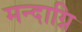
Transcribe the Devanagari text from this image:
मन्दाग्नि